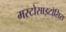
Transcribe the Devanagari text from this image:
मस्टोसाइटोसिस